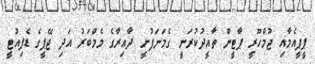
ޕީޕީއެމާއި ޖުމްހޫރީ ޕާޓީން ތާއީދުކުރަނީ ގެމަނަފުށީ ދާއިރާގެ މެމްބަރު އަދި ޖޭޕީގެ ޑެޕިއުޓީ